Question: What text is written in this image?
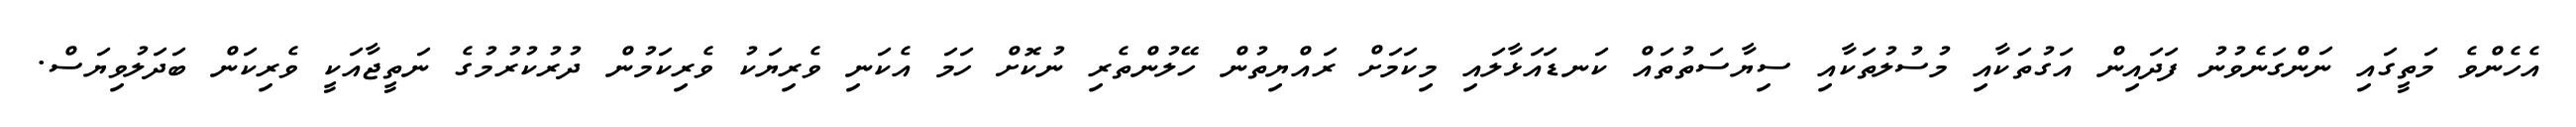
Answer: އެހެންވެ މަތީގައި ނަންގަނެވުނު ފަދައިން އަގުތަކާއި މުސުލުތަކާއި ސިޔާސަތުތައް ކަނޑައަޅާލައި މިކަމަށް ރައްޔިތުން ހޭލުންތެރި ނުކޮށް ހަމަ އެކަނި ވެރިޔަކު ވެރިކަމުން ދުރުކުރުމުގެ ނަތީޖާއަކީ ވެރިކަން ބަދަލުވިޔަސް.